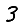
Digit: 3